Report on the Civil Veterinary Department, Eastern Bengal and Assam - 1907-1911
Year: 1907
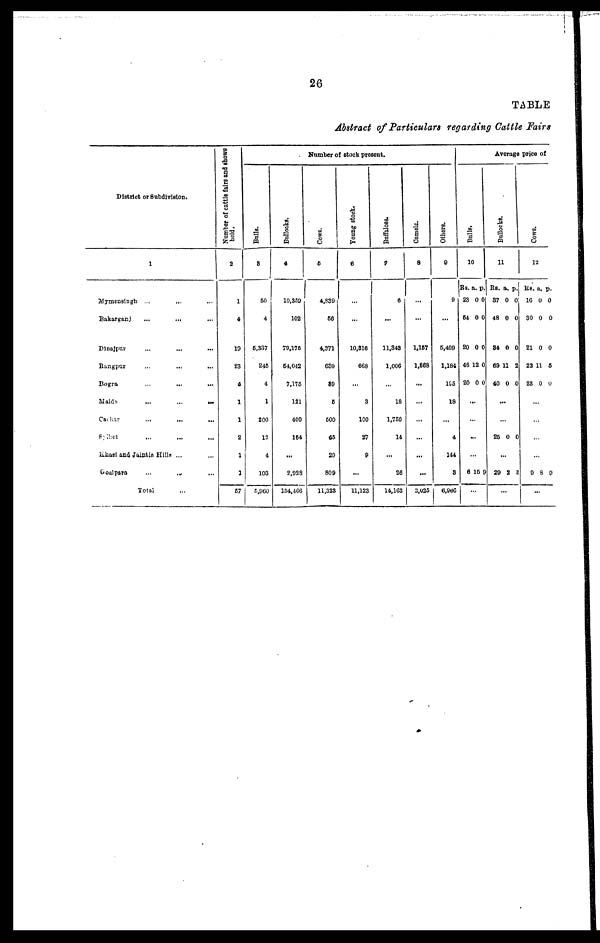
26
TABLE
Abstract of Particulars regarding Cattle Fairs
District or Subdivision.
1
Mymensingh ... ... ...
Bakarganj ... ... ...
Dinajpur ... ... ...
Rangpur ... ... ...
Bogra ... ... ...
Malda ... ... ...
Cachar ... ... ...
Sylhet ... ... ...
Khasi and Jaintia Hills ... ...
Goalpara ... ... ...
Total ...
Number of cattle fairs and shows
held.
2
1
4
19
23
4
1
1
2
1
1
57
Bulls.
8
50
4
6,337
245
4
1
200
12
4
103
5,960
Bullocks.
4
10.369
102
79,175
64,042
7,175
121
400
164
...
2,928
154,466
Number of stock present.
Cows.
5
4,839
66
4,371
630
89
6
600
45
29
809
11,323
Young stock.
6
...
...
10,816
668
...
3
100
27
9
...
11,123
Buffalces.
7
6
...
11,848
1,006
...
18
1,760
14
...
26
14,163
Camels.
8
...
...
1.167
1,868
...
...
...
...
...
...
3,025
Others.
9
9
...
6,409
1,184
195
18
...
4
144
3
6,986
Bulls.
10
Rs. a. p.
23 0 0
64 0 0
20 0 0
46 12 0
20 0 0
...
...
...
...
6 16 9
...
Average price of
Bullocks.
11
Rs. a. p.
37 0 0
48 0 0
34 0 0
69 11 2
40 0 0
...
...
25 0 0
...
29 2 3
...
Cows.
12
Rs. a, p.
10 0 0
30 0 0
21 0 0
22 11 5
23 0 0
...
...
...
...
9 8 0
...